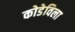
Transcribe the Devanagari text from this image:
कोडेविला